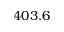
4 0 3 . 6